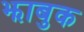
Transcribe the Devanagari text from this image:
झाबुक